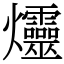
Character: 爧